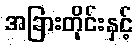
အခြားတိုင်းနှင့်